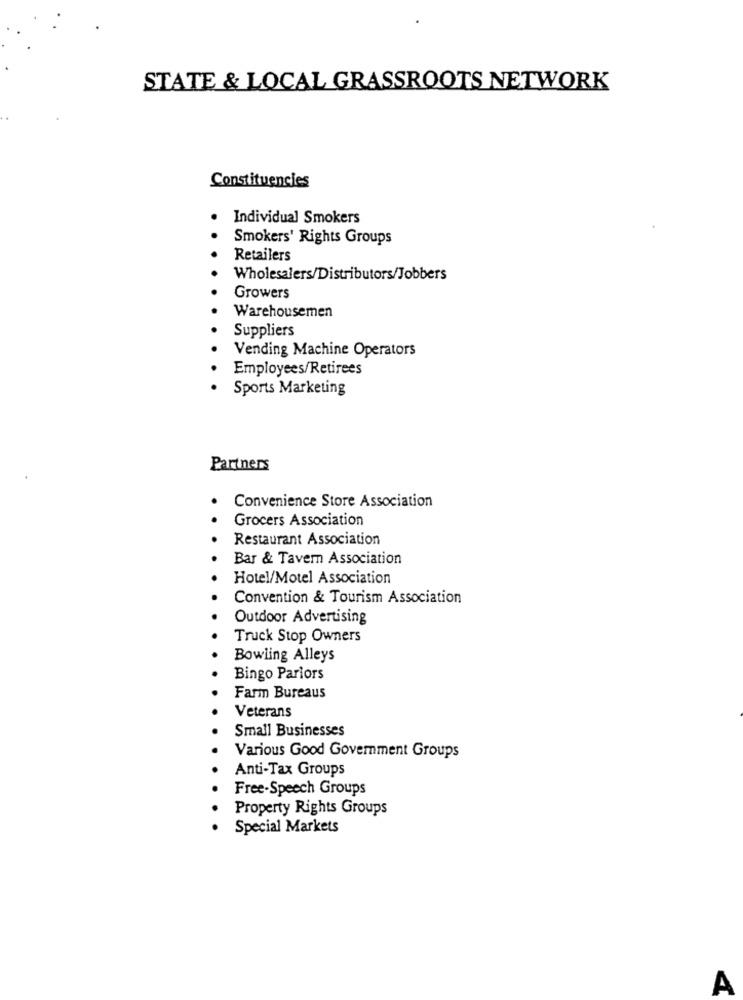
STATE & LOCAL GRASSROOTS NETWORK
Constituencies
Individual Smokers
Smokers' Rights Groups
Retailers
Wholesalers/Distributors/Jobbers
Growers
Warehousemen
Suppliers
Vending Machine Operators
Employees/Retirees
Sports Marketing
Partners
Convenience Store Association
Grocers Association
Restaurant Association
Bar & Tavern Association
Hotel/Motel Association
Convention & Tourism Association
Outdoor Advertising
Truck Stop Owners
Bowling Alleys
Bingo Pariors
Farm Bureaus
Veterans
Small Businesses
Various Good Government Groups
Anti-Tax Groups
Free-Speech Groups
Property Rights Groups
Special Markets
A